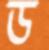
ড